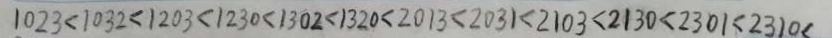
1 0 2 3 < 1 0 3 2 < 1 2 0 3 < 1 2 3 0 < 1 3 0 2 < 1 3 2 0 < 2 0 1 3 < 2 0 3 1 < 2 1 0 3 < 2 1 3 0 < 2 3 0 1 < 2 3 1 0 <